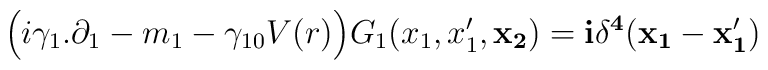
\Big(i\gamma_1 .\partial_1 - m_1 - \gamma_{10} V(r)\Big)G_1(x_1,x_1',\bf{x}_2) = i\delta^4(x_1-x_1')